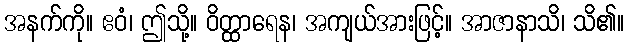
အနက်ကို။ ဧဝံ၊ ဤသို့။ ဝိတ္ထာရေန၊ အကျယ်အားဖြင့်။ အာဇာနာသိ၊ သိ၏။